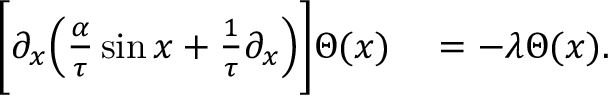
\begin{array} { r l } { \biggl [ \partial _ { x } \Bigl ( \frac { \alpha } { \tau } \sin x + \frac { 1 } { \tau } \partial _ { x } \Bigr ) \biggr ] \Theta ( x ) } & { { } = - \lambda \Theta ( x ) . } \end{array}